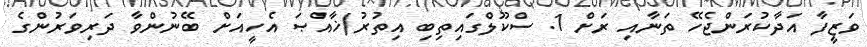
ވަޒީފާ އަދާކުރަންޖެހޭ ތަނާއި ރަށް 1. ސްކޫލްގައިތިބި އިތުރު/ޚާއްޞަ އެހީއަށް ބޭނުންވާ ދަރިވަރުންގެ